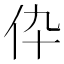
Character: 伜